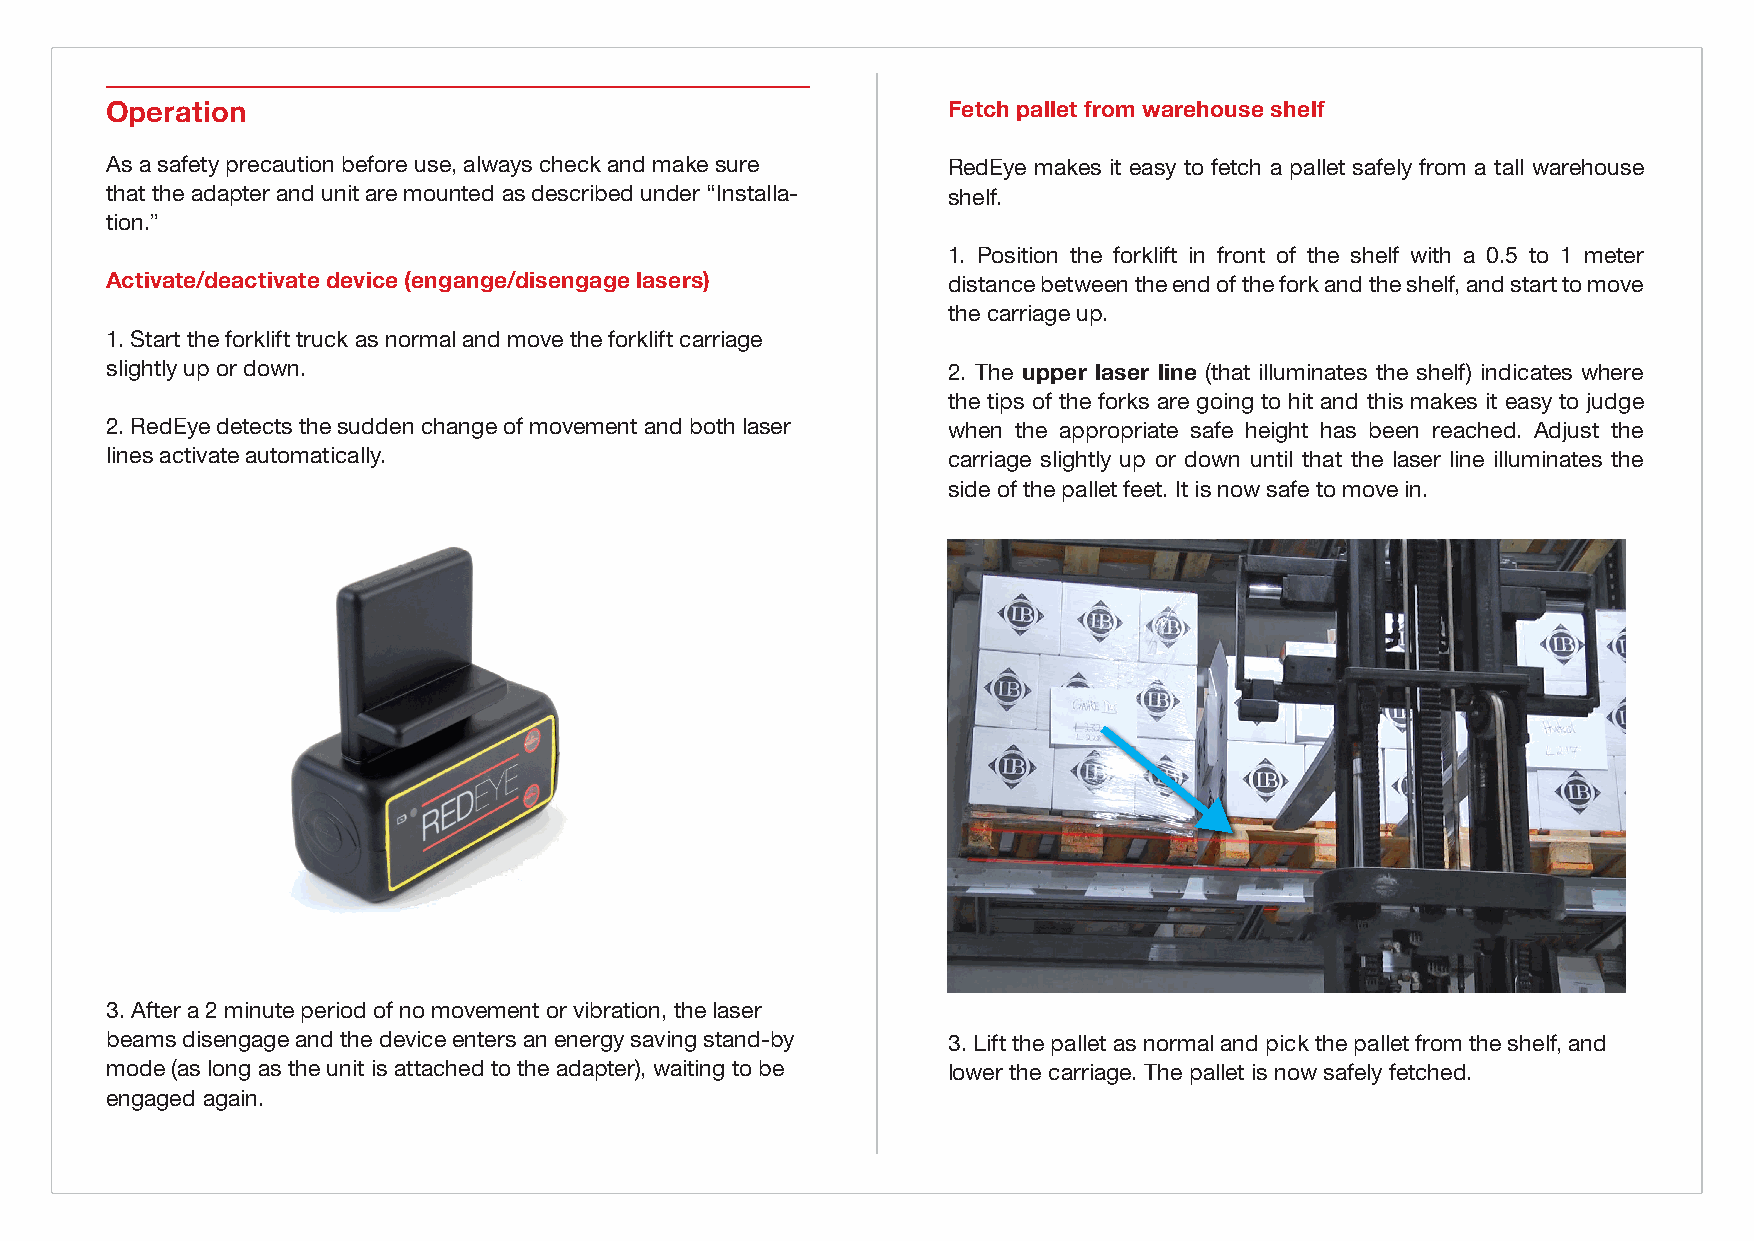
Operation                                               Fetch pallet from warehouse shelf
 As a safety precaution before use, always check and make sure RedEye makes it easy to fetch a pallet safely from a tall warehouse
 that the adapter and unit are mounted as described under “Installa- shelf.
 tion.”
 1. Position the forklift in front of the shelf with a 0.5 to 1 meter
 Activate/deactivate device (engange/disengage lasers)   distance between the end of the fork and the shelf, and start to move
 the carriage up.
 1. Start the forklift truck as normal and move the forklift carriage
 slightly up or down.                                    2. The upper laser line (that illuminates the shelf) indicates where
 the tips of the forks are going to hit and this makes it easy to judge
 2. RedEye detects the sudden change of movement and both laser when the appropriate safe height has been reached. Adjust the
 lines activate automatically.                           carriage slightly up or down until that the laser line illuminates the
 side of the pallet feet. It is now safe to move in.
 <bilde hente pall>
 <bilde enheten på>
 3. After a 2 minute period of no movement or vibration, the laser
 beams disengage and the device enters an energy saving stand-by 3. Lift the pallet as normal and pick the pallet from the shelf, and
 mode (as long as the unit is attached to the adapter), waiting to be lower the carriage. The pallet is now safely fetched.
 engaged again.